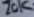
Text: 20K